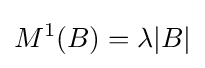
M^{1}(B)=\lambda |B|